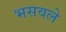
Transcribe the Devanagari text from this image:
भसवले